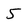
Character: 5